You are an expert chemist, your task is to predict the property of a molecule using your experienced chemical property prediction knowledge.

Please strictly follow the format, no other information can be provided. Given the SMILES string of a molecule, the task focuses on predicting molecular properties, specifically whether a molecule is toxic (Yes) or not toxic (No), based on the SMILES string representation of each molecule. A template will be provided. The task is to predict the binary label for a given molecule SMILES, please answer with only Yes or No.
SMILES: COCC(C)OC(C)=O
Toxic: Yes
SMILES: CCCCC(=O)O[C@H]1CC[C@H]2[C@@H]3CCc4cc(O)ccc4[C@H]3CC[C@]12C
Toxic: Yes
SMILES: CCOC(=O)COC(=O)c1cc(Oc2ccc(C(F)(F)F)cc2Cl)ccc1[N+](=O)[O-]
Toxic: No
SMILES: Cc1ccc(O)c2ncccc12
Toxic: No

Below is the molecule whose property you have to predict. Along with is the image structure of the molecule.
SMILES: CC1=C(CC(=O)O)c2cc(F)ccc2/C1=C\c1ccc(S(C)(=O)=O)cc1
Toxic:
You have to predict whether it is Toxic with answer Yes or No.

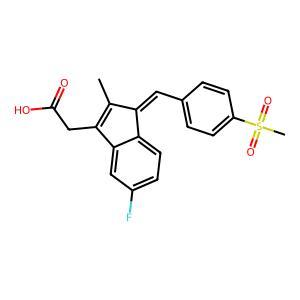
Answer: No